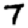
Digit: 7